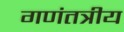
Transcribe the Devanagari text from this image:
गणंतत्रीय